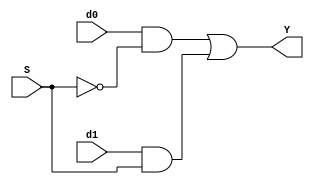
module mux2 (S, d0, d1, Y);
	input d0, d1;
	input S; 
	output Y; 
	//Invert the sel signals 
	wire notS, y0,y1;
	not (notS, S); 
	// 2-input SND gate 
	and (y0, d0, notS); 
	and (y1, d1, S); 
	// 2-input OR gate 
	or (Y, y0, y1); 
endmodule